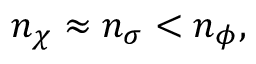
n _ { \chi } \approx n _ { \sigma } < n _ { \phi } ,